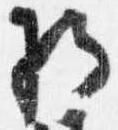
将